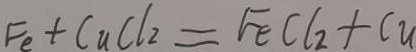
F e + C u C l _ { 2 } = F e C l _ { 2 } + C u